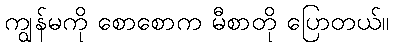
ကျွန်မကို စောစောက မီစာတို ပြောတယ်။